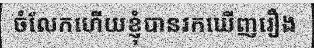
ចំលែកហើយខ្ញុំបានរកឃើញរឿង